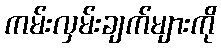
ကမ်းလှမ်းချက်များကို